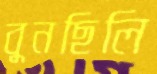
বুনছিলি